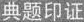
典题印证